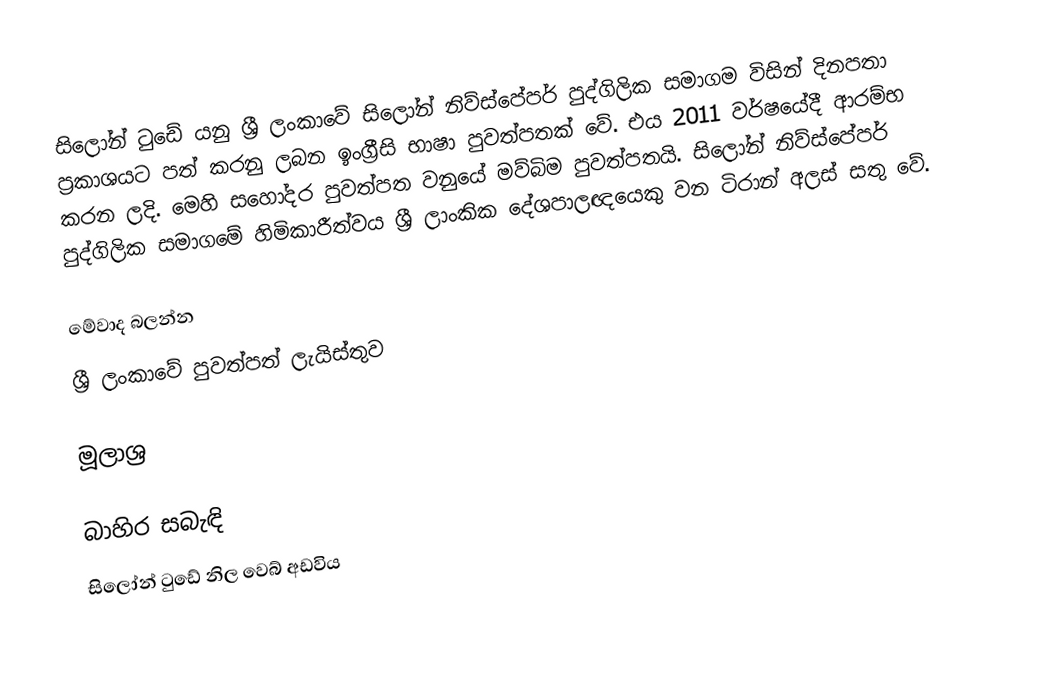
සිලෝන් ටුඩේ යනු ශ්‍රී ලංකාවේ සිලෝන් නිව්ස්පේපර් පුද්ගිලික සමාගම විසින් දිනපතා ප්‍රකාශයට පත් කරනු ලබන ඉංග්‍රීසි භාෂා පුවත්පතක් වේ. එය 2011 වර්ෂයේදී ආරම්භ කරන ලදි. මෙහි සහෝදර පුවත්පත වනුයේ මව්බිම පුවත්පතයි. සිලෝන් නිව්ස්පේපර් පුද්ගිලික සමාගමේ හිමිකාරීත්වය ශ්‍රී ලාංකික දේශපාලඥයෙකු වන ටිරාන් අලස් සතු වේ.

මේවාද බලන්න
ශ්‍රී ලංකාවේ පුවත්පත් ලැයිස්තුව

මූලාශ්‍ර

බාහිර සබැඳි
 සිලෝන් ටුඩේ නිල වෙබ් අඩවිය